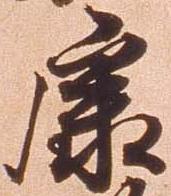
康